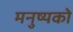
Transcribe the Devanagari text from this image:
मनुष्यको